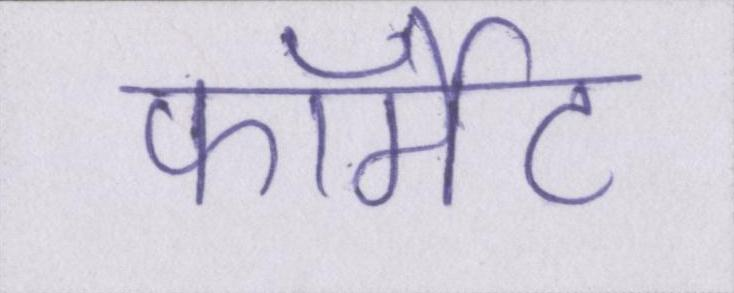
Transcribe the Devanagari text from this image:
फॉर्मेट